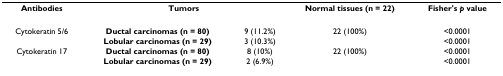
<table><thead><tr><td><b>Antibodies</b></td><td colspan="2"><b>Tumors</b></td><td><b>Normal tissues (n = 22)</b></td><td><b>Fisher&#x27;s <i>p </i>value</b></td></tr></thead><tbody><tr><td>Cytokeratin 5/6</td><td><b>Ductal carcinomas (n = 80)</b></td><td>9 (11.2%)</td><td>22 (100%)</td><td>&lt;0.0001</td></tr><tr><td></td><td><b>Lobular carcinomas (n = 29)</b></td><td>3 (10.3%)</td><td></td><td>&lt;0.0001</td></tr><tr><td>Cytokeratin 17</td><td><b>Ductal carcinomas (n = 80)</b></td><td>8 (10%)</td><td>22 (100%)</td><td>&lt;0.0001</td></tr><tr><td></td><td><b>Lobular carcinomas (n = 29)</b></td><td>2 (6.9%)</td><td></td><td>&lt;0.0001</td></tr></tbody></table>